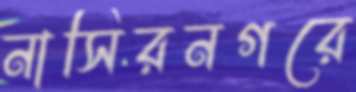
নাসিরনগরে